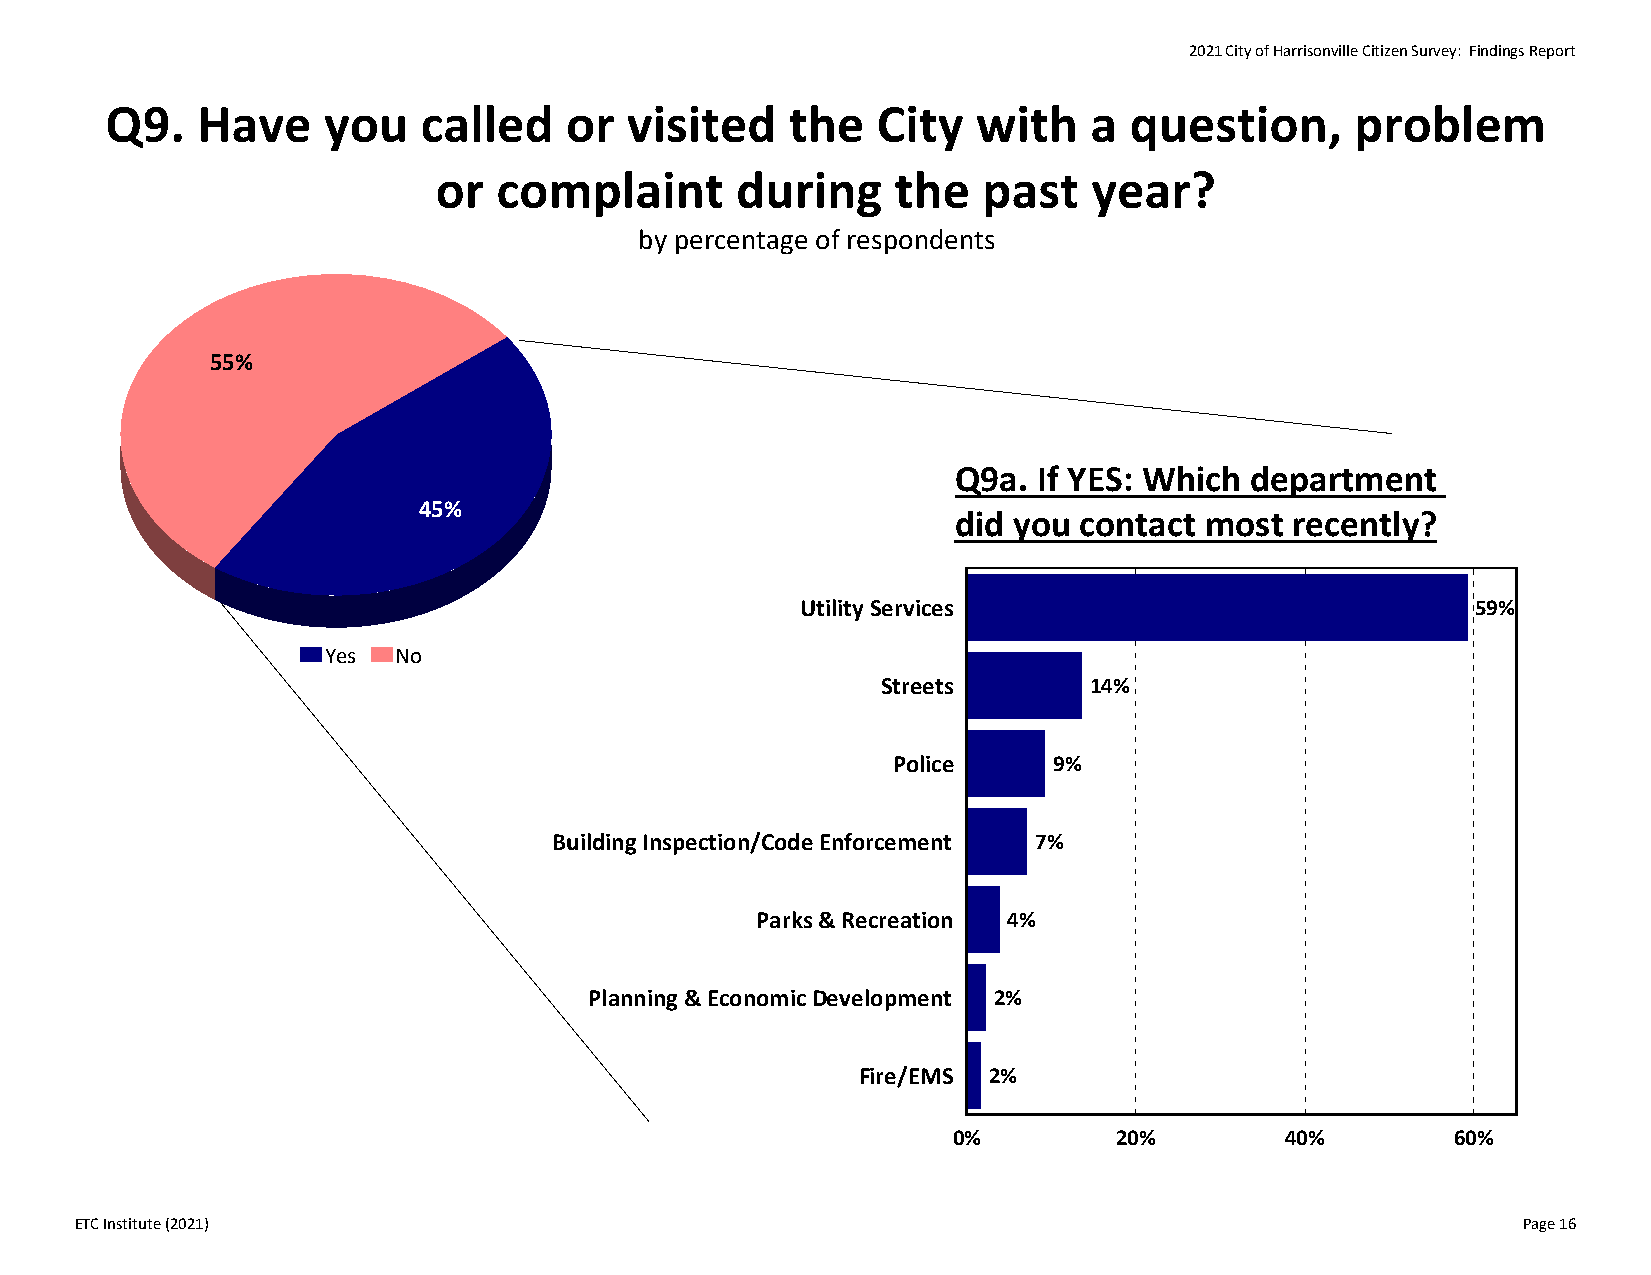
2021 City of Harrisonville Citizen Survey: Findings Report
 Q9.   Have    you    called   or  visited    the   City   with   a  question,      problem
 or  complaint       during    the   past   year?
 by percentage of respondents
 55%
 Q9a.  If YES: Which department
 45%
 did you contact  most recently?
 Utility Services                             59%
 Yes No
 Streets       14%
 Police     9%
 Building Inspection/Code Enforcement 7%
 Parks & Recreation 4%
 Planning & Economic Development 2%
 Fire/EMS 2%
 0%         20%        40%        60%
 ETC Institute (2021)                                                                            Page 16